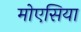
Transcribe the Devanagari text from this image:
मोएसिया